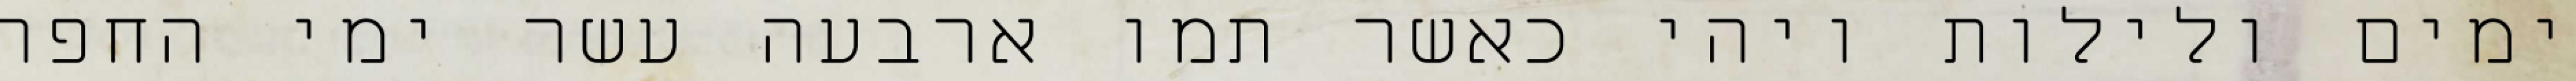
ימים ולילות ויהי כאשר תמו ארבעה עשר ימי החפה